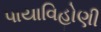
પાયાવિહોણી